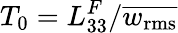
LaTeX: T_{0}=L_{33}^{F}/\overline{{w_{\mathrm{rms}}}}